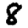
Digit: 8